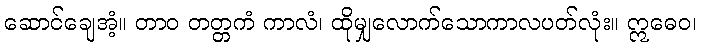
ဆောင်ချေအံ့။ တာဝ တတ္တကံ ကာလံ၊ ထိုမျှလောက်သောကာလပတ်လုံး။ ဣဓေဝ၊